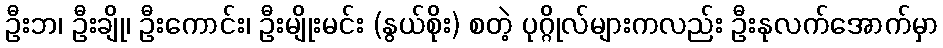
ဦးဘ၊ ဦးချို၊ ဦးကောင်း၊ ဦးမျိုးမင်း (နွယ်စိုး) စတဲ့ ပုဂ္ဂိုလ်များကလည်း ဦးနုလက်အောက်မှာ